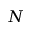
N